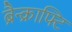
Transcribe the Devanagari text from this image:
ब्रैन्क्राफ्टि